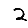
Digit: 2